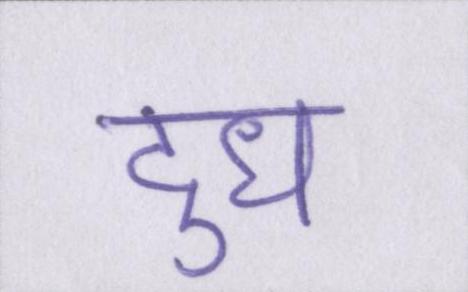
दुध